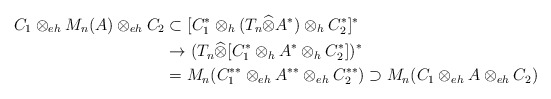
\begin{align*}C_1\otimes_{eh}M_n(A)\otimes_{eh}C_2&\subset [C_1^*\otimes_h (T_n\widehat{\otimes}A^*)\otimes_h C_2^*]^*\\&\to (T_n\widehat{\otimes}[C_1^*\otimes_h A^*\otimes_h C_2^*])^*\\&=M_n (C_1^{**}\otimes_{eh}A^{**}\otimes_{eh}C_2^{**})\supset M_n (C_1\otimes_{eh}A\otimes_{eh}C_2) \end{align*}